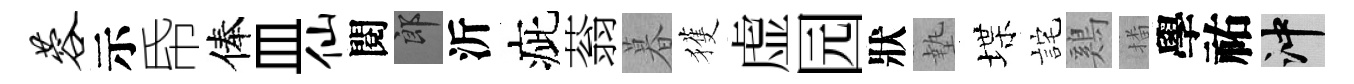
蓉示帋俸皿仙閱郎沂疵蓊暮獲虚园狀墊堞詫鷄播學祐冲